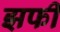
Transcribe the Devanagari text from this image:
झफी